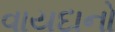
વાયદાનો